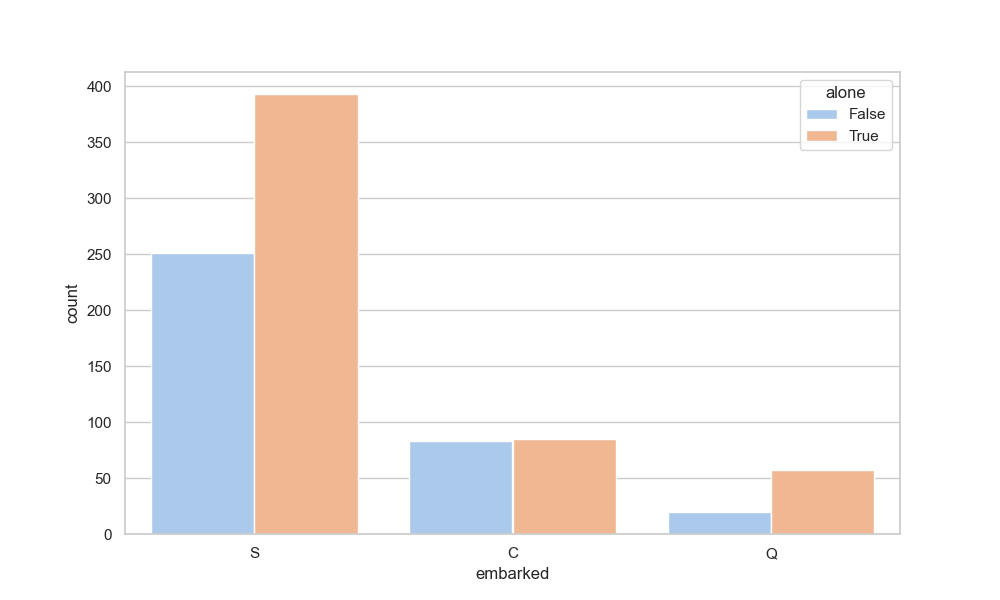
python, seaborn, countplot, x='embarked', palette='pastel', hue='alone'